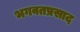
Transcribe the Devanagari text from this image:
भगवतप्रसाद